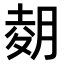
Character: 𫆢